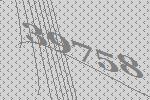
39758